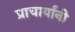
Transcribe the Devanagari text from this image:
प्राचार्यांनी